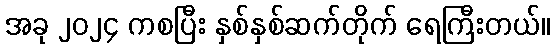
အခု ၂၀၂၄ ကစပြီး နှစ်နှစ်ဆက်တိုက် ရေကြီးတယ်။